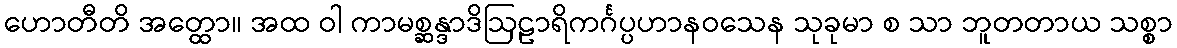
ဟောတီတိ အတ္ထော။ အထ ဝါ ကာမစ္ဆန္ဒာဒိဩဠာရိကင်္ဂပ္ပဟာနဝသေန သုခုမာ စ သာ ဘူတတာယ သစ္စာ